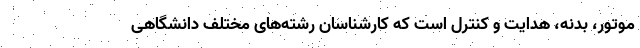
موتور، بدنه، هدایت و کنترل است که کارشناسان رشته‌های مختلف دانشگاهی